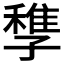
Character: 𡦠